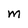
Character: M